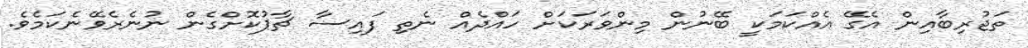
ތަޖުރިބާއިން އެގޭ އެއްކަމަކީ ބޭނުން މިންވަރަކަށް ހައްދެއް ނެތި ފައިސާ ޗާޕުކޮށްގެން ނުނެރެވޭނެކަމެވެ.